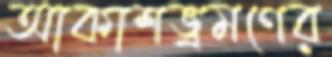
আকাশভ্রমণের